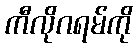
ကီလိုဂရမ်ကို